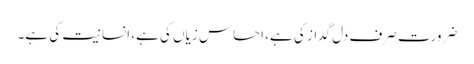
ضرورت صرف دل گداز کی ہے، احساس زیاں کی ہے، انسانیت کی ہے۔